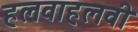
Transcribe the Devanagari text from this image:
हलवाहलवी